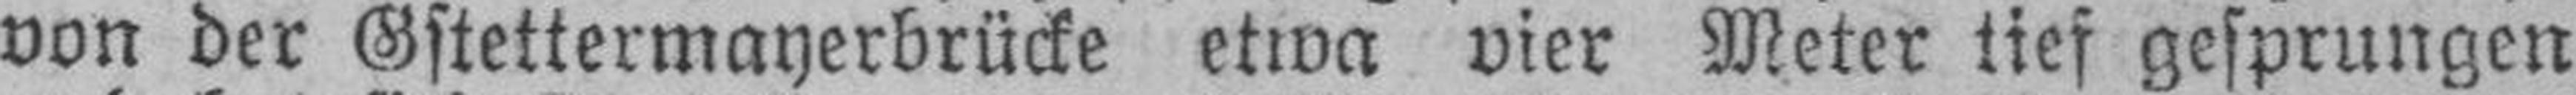
von der Gstettermayerbrücke etwa vier Meter tief gesprungen